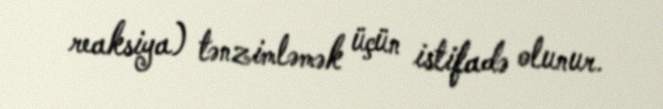
reaksiya) tənzimləmək üçün istifadə olunur.